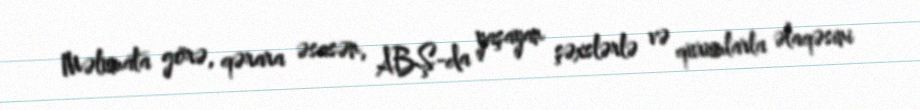
Məlumata görə, qərara əsasən, ABŞ-da yaşayan şəxslərlə və qurumlarla əlaqəsini